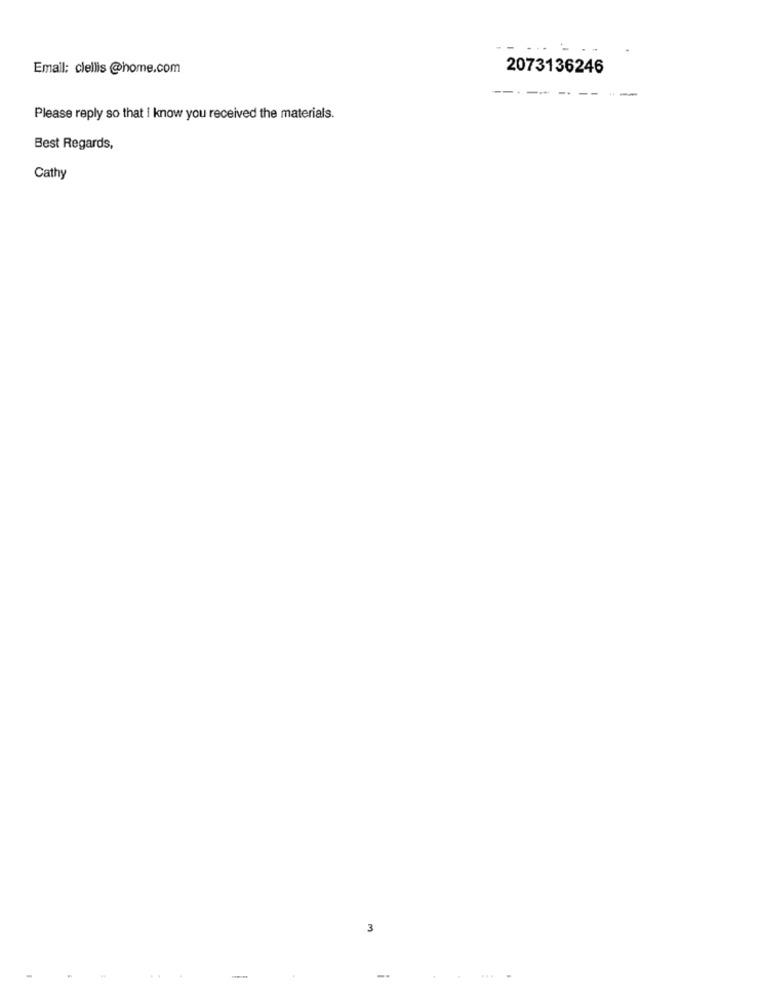
Email: clellis @home.com
2073136246
Please reply so that i know you received the materials.
Best Regards,
Cathy
3
--